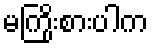
မကြိုးစားပါက